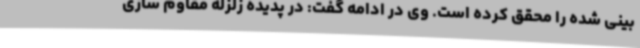
بینی شده را محقق کرده است. وی در ادامه گفت: در پدیده زلزله مقاوم سازی